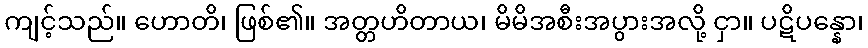
ကျင့်သည်။ ဟောတိ၊ ဖြစ်၏။ အတ္တဟိတာယ၊ မိမိအစီးအပွားအလို့ ငှာ။ ပဋိပန္နော၊